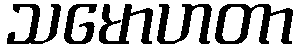
သမောဟတာ